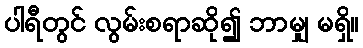
ပါရီတွင် လွမ်းစရာဆို၍ ဘာမျှ မရှိ။